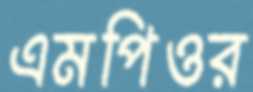
এমপিওর